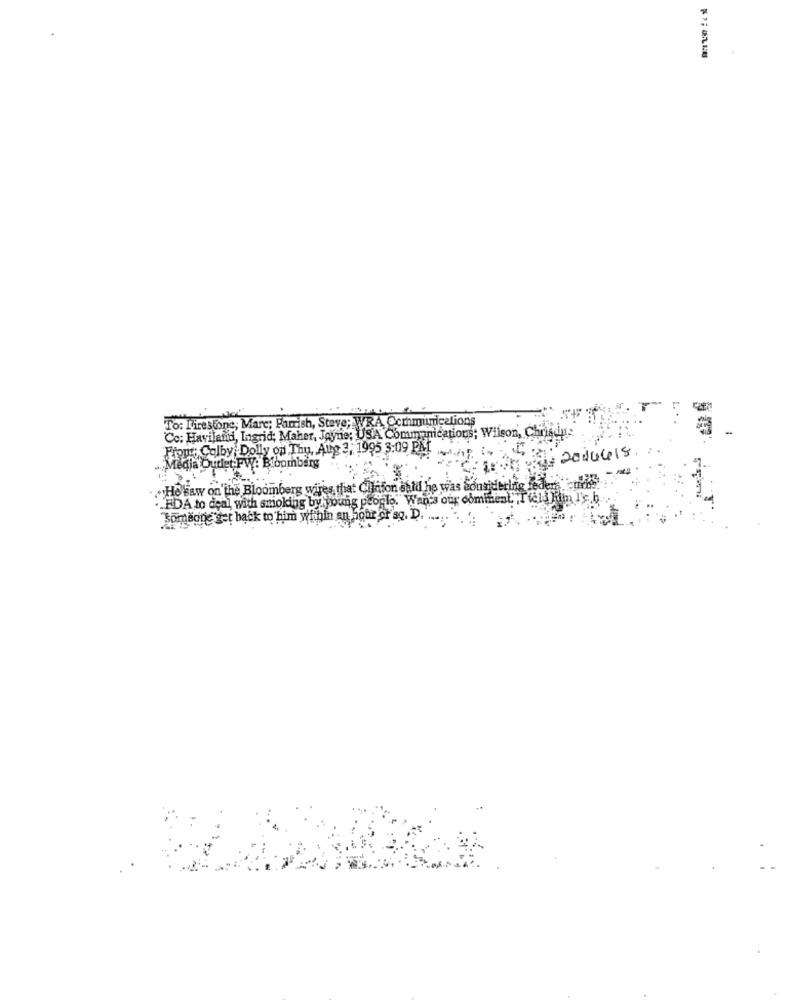
To: Firestone; Marc; Parrish, Steve; WRA, Communications
Co: Haviland, Ingrid; Maher, Jayne; USA Communications; Wilson, Chrisdip
Prout; Colby Dolly on Thu, Aug 3, 1995 3:09 PM
2/2016418. ..
Media Outlet FW: Bloomberg
-
.He saw on the Bloomberg wires that Cilafon aufi he was Sousjdering leder
·. EDA to deal with smoking by young people. Wan's our dominent."Tield Kiin
"Someone get back to him within an hour or so. D.